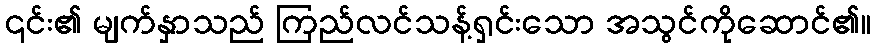
၎င်း၏ မျက်နှာသည် ကြည်လင်သန့်ရှင်းသော အသွင်ကိုဆောင်၏။